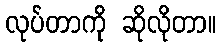
လုပ်တာကို ဆိုလိုတာ။